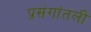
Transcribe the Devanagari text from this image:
प्रसंगांतली